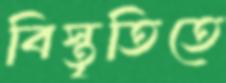
বিস্তৃতিতে